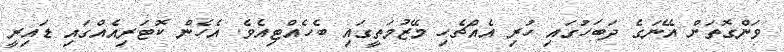
ވަންގޮތަށް އޭނަގެ ދަބަހުގައި ހުރި އެއްޗެހި މޭޒުމަތީގައި ބެހެއްޓިއެވެ. އެހެން ކޮޓަރިއެއްގައި ޑައިރީ